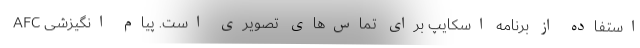
استفاده از برنامه اسکایپ برای تماس‌های تصویری است. پیام انگیزشی AFC